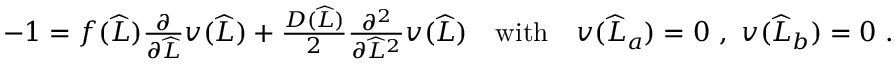
\begin{array} { r } { - 1 = f ( \widehat { L } ) \frac { \partial } { \partial \widehat { L } } v ( \widehat { L } ) + \frac { D ( \widehat { L } ) } { 2 } \frac { \partial ^ { 2 } } { \partial \widehat { L } ^ { 2 } } v ( \widehat { L } ) \quad \mathrm { w i t h } \quad v ( \widehat { L } _ { a } ) = 0 \ , \ v ( \widehat { L } _ { b } ) = 0 \ . } \end{array}